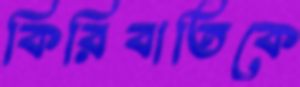
কিরিবাতিকে